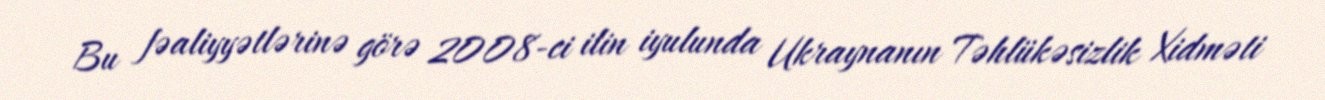
Bu fəaliyyətlərinə görə 2008-ci ilin iyulunda Ukraynanın Təhlükəsizlik Xidməti